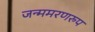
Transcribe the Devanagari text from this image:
जन्ममरणरुप